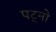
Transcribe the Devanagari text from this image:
पट्नो